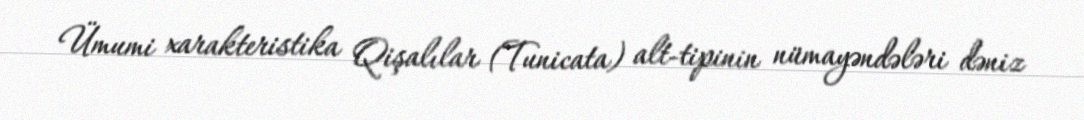
Ümumi xarakteristika Qişalılar (Tunicata) alt-tipinin nümayəndələri dəniz